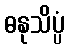
ဓနုသိပ္ပံ